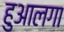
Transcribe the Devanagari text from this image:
हुआलगा